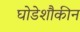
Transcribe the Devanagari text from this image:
घोडेशौकीन